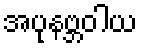
အပုနဗ္ဘဝါယ